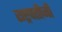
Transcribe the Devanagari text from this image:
राष्ट्रपतीजी